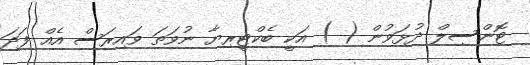
ޓޮންސިލް ދުޅަވުން ( ) އަކީ ބެކްޓީރިޔާ ނުވަތަ ވައިރަސް އެއް ފަދަ